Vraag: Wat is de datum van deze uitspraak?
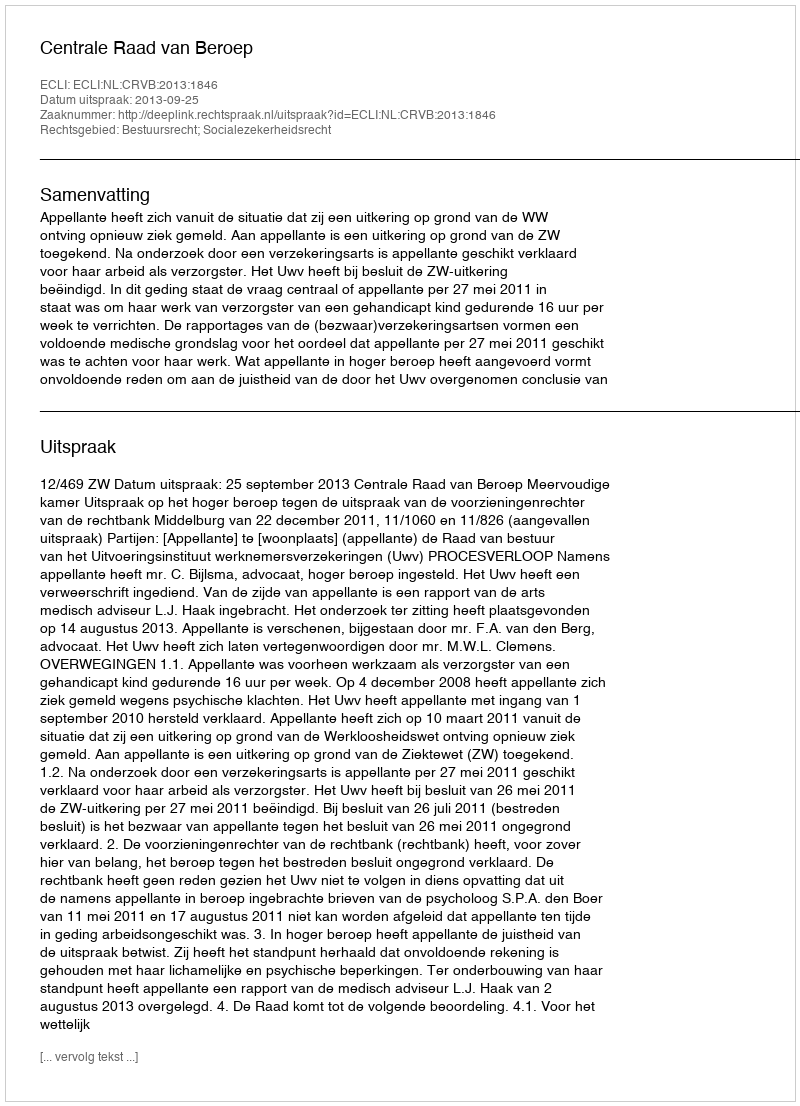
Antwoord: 2013-09-25